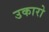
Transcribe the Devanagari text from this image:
उकारो